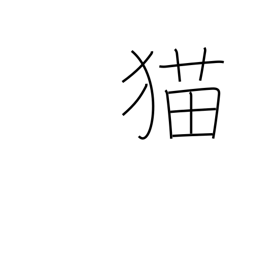
Meaning: cat